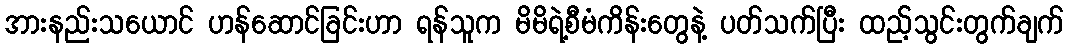
အားနည်းသယောင် ဟန်ဆောင်ခြင်းဟာ ရန်သူက မိမိရဲ့စီမံကိန်းတွေနဲ့ ပတ်သက်ပြီး ထည့်သွင်းတွက်ချက်